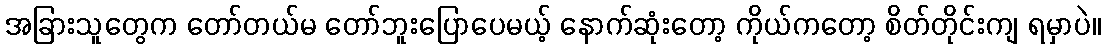
အခြားသူတွေက တော်တယ်မ တော်ဘူးပြောပေမယ့် နောက်ဆုံးတော့ ကိုယ်ကတော့ စိတ်တိုင်းကျ ရမှာပဲ။